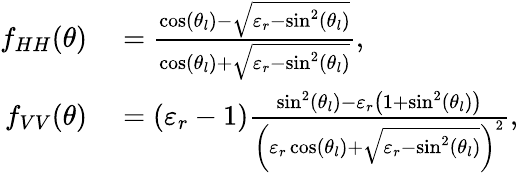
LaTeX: \begin{array}{rl}{f_{HH}(\theta)}&{{}=\frac{\cos(\theta_{l})-\sqrt{\varepsilon_{r}-\sin^{2}(\theta_{l})}}{\cos(\theta_{l})+\sqrt{\varepsilon_{r}-\sin^{2}(\theta_{l})}},}\\ {f_{VV}(\theta)}&{{}=(\varepsilon_{r}-1)\frac{\sin^{2}(\theta_{l})-\varepsilon_{r}\left(1+\sin^{2}(\theta_{l})\right)}{\left(\varepsilon_{r}\cos(\theta_{l})+\sqrt{\varepsilon_{r}-\sin^{2}(\theta_{l})}\right)^{2}},}\end{array}